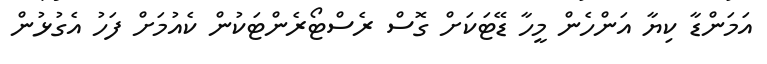
އަމަންޑާ ކިޔާ އަންހެން މީހާ ޑޭޓަކަށް ގޮސް ރެެސްޓޯރެންޓަކުން ކެއުމަށް ފަހު އެގުޅުން